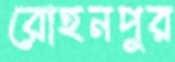
রোহনপুর